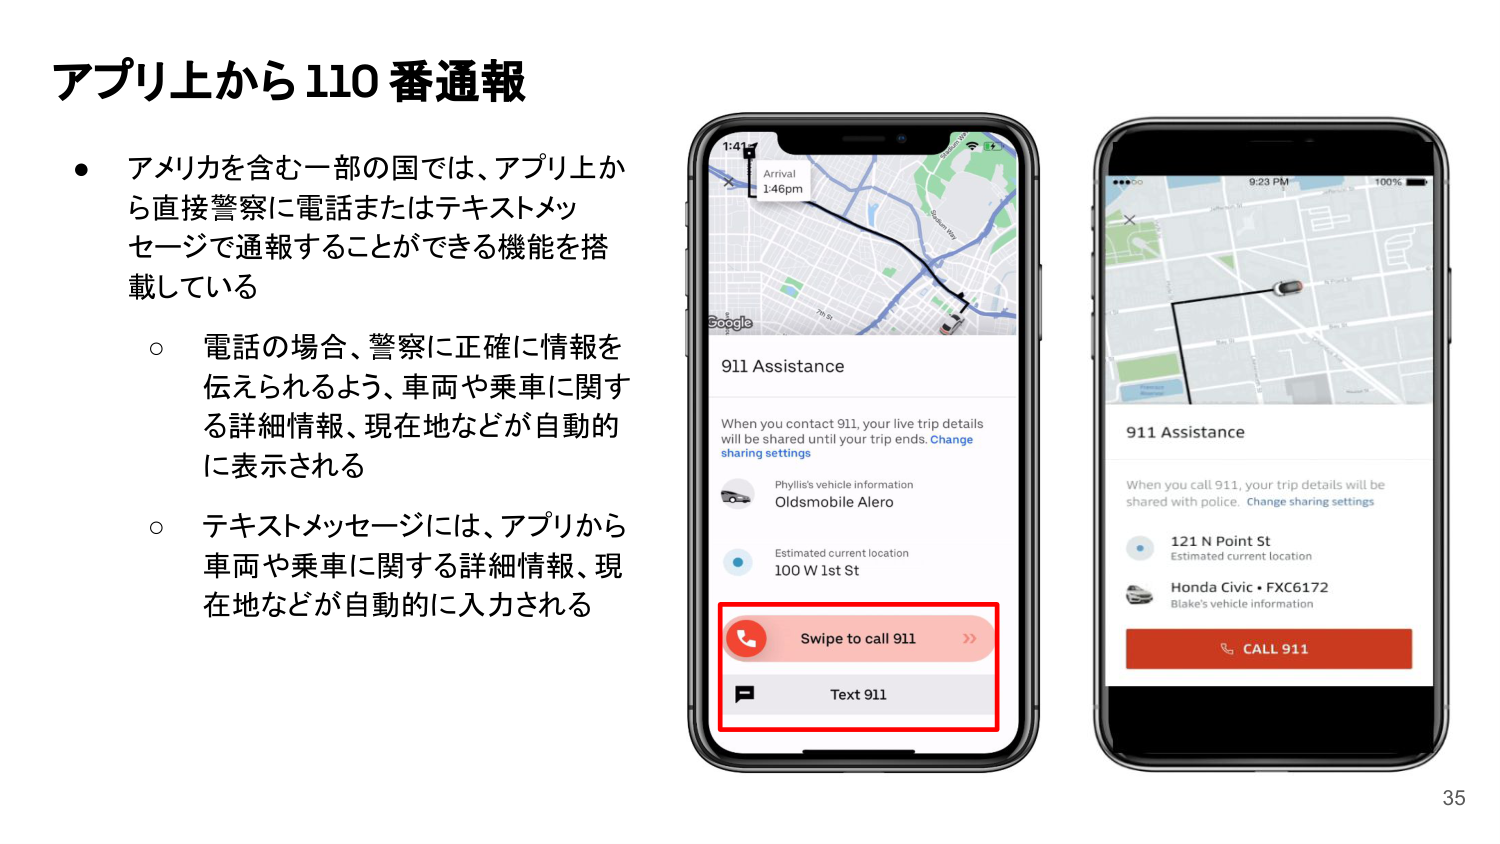
アプリ上から110番通報

● アメリカを含む一部の国では、アプリ上から直接警察に電話またはテキストメッセージで通報することができる機能を搭載している

○ 電話の場合、警察に正確に情報を伝えられるよう、車両や乗車に関する詳細情報、現在地などが自動的に表示される

○ テキストメッセージには、アプリから車両や乗車に関する詳細情報、現在地などが自動的に入力される

1:41
Arrival
1:46pm
Google
911 Assistance
When you contact 911, your live trip details will be shared until your trip ends. Change sharing settings
Phyllis's vehicle information
Oldsmobile Alero
Estimated current location
100 W 1st St
Swipe to call 911
Text 911

9:23 PM
100%
911 Assistance
When you call 911, your trip details will be shared with police. Change sharing settings
121 N Point St
Estimated current location
Honda Civic • FXC6172
Blake's vehicle information
CALL 911

35